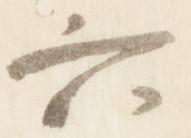
六